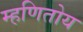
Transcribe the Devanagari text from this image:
म्हणितोय